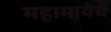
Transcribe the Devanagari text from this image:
महामायेचे